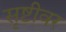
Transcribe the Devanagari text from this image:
सृष्टीवर